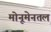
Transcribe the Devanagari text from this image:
मोनूमेनतल